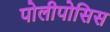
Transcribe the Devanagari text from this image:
पोलीपोसिस